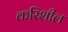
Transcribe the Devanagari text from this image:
करिशील